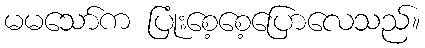
မမသော်က ပြုံးစေ့စေ့ပြောလေသည်။